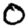
Digit: 0